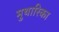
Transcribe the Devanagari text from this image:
मुथारिका